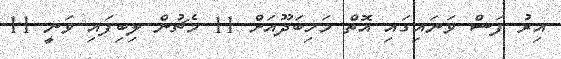
އިރު ފަސް ވަނައިގައި އޮތް މަހިބަދޫއަށް 11 މެޗުން ލިބިފައި ވަނީ 11